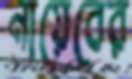
নায়েবের